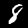
Digit: 8